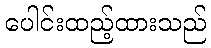
ပေါင်းထည့်ထားသည်